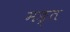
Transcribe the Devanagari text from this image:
मङ्त